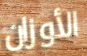
الأوزان